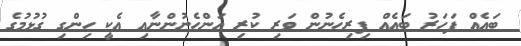
ބައެއް ފަހަރު ބައެއް ފިރިހެނުން ވަރި ކުރި އަންހެނުންނާއި އެކީ ހިންގި ގުޅުމުގެ